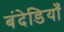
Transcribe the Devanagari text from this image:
बंदेडियाँ